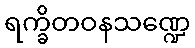
ရက္ခိတဝနသဏ္ဍေ